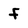
Character: f